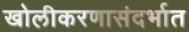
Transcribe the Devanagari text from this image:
खोलीकरणासंदर्भात